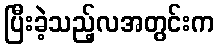
ပြီးခဲ့သည့်လအတွင်းက